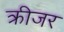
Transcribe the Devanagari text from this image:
क्रीजर